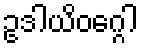
ဥဒါယိဝဂ္ဂေါ